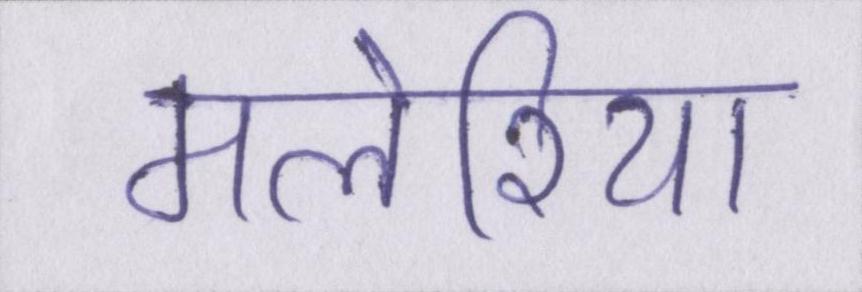
मलेरिया